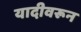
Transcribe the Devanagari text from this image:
यादीवरून